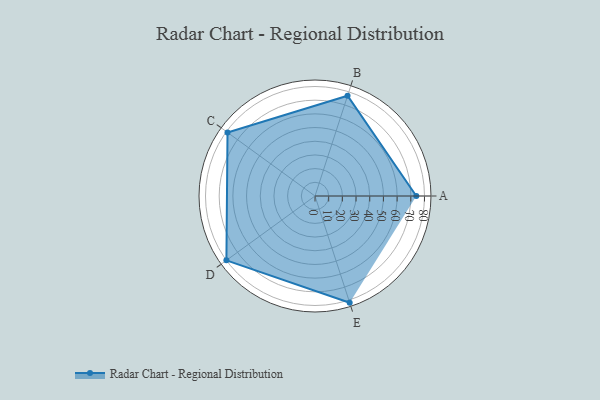
{"axis": {"x": "Skill", "y": "Score"}, "legend": ["Profile"], "data": [{"x": "A", "y": 74.0, "type": "Profile"}, {"x": "B", "y": 77.0, "type": "Profile"}, {"x": "C", "y": 79.0, "type": "Profile"}, {"x": "D", "y": 80.0, "type": "Profile"}, {"x": "E", "y": 82.0, "type": "Profile"}]}